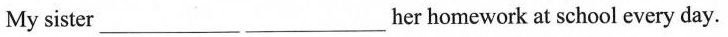
My sister___ ___her homework at school every day.